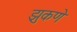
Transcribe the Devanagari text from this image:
झुकणे